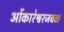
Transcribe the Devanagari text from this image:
ओंकारेश्वरजवळ